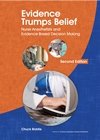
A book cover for Evidence Trumps Belief: Nurse Anesthetists and Evidence-Based Decision Making; Chuck Biddle; Medical Books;